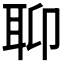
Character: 𦕅